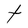
Character: t